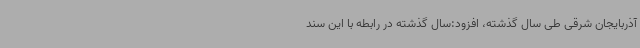
آذربایجان شرقی طی سال گذشته، افزود:سال گذشته در رابطه با این سند